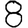
Digit: 8